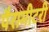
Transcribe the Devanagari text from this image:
पैरामीटरी